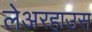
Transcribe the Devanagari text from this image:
लेअरहाउस